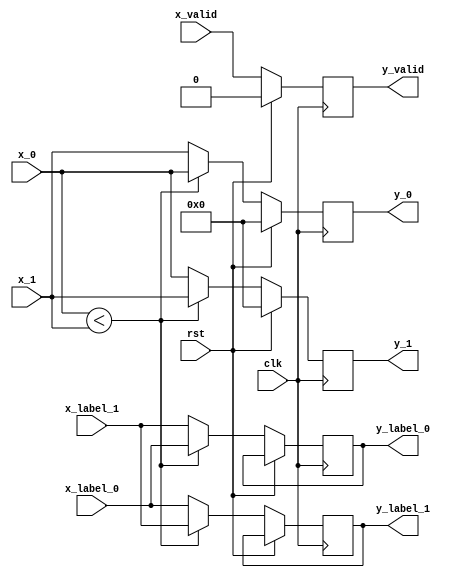
//////////////////////////////////////////
//
// Module Name: input_2.v
// Created date: 08/10/2020
// Description: 2 input comparing/sorting
// Company: Shanghai Jiao Tong University
// 
///////////////////////////////////////////

`timescale 1ns / 1ps
module input_2 #
(
    parameter DATA_WIDTH = 8,
    parameter LABEL_WIDTH = 1,
    parameter SIGNED = 0,
    parameter ASCENDING = 1
)
(
    input clk, rst, x_valid,
    input [DATA_WIDTH-1 : 0] x_0, x_1,
    input [LABEL_WIDTH-1 : 0] x_label_0, x_label_1,
    output reg [DATA_WIDTH-1 : 0] y_0, y_1,
    output reg [LABEL_WIDTH-1 : 0] y_label_0, y_label_1,
    output reg y_valid
);

always @ (posedge clk)
begin
    if (rst == 1'b1) begin
        y_0 <= 0;
        y_1 <= 0;
        y_valid <= 0;
    end else begin
        y_valid <= x_valid;
        if (SIGNED == 0) begin
            if (ASCENDING == 1) begin
                if ($unsigned(x_0) < $unsigned(x_1)) begin
                    y_0 <= x_0;
                    y_label_0 <= x_label_0;
                    y_1 <= x_1;
                    y_label_1 <= x_label_1;
                end else begin
                    y_0 <= x_1;
                    y_label_0 <= x_label_1;
                    y_1 <= x_0;
                    y_label_1 <= x_label_0;
                end
            end else if (ASCENDING == 0) begin
                if ($unsigned(x_0) > $unsigned(x_1)) begin
                    y_0 <= x_0;
                    y_label_0 <= x_label_0;
                    y_1 <= x_1;
                    y_label_1 <= x_label_1;
                end else begin
                    y_0 <= x_1;
                    y_label_0 <= x_label_1;
                    y_1 <= x_0;
                    y_label_1 <= x_label_0;
                end
            end
        end else if (SIGNED == 1) begin
            if (ASCENDING == 1) begin
                if ($signed(x_0) < $signed(x_1)) begin
                    y_0 <= x_0;
                    y_label_0 <= x_label_0;
                    y_1 <= x_1;
                    y_label_1 <= x_label_1;
                end else begin
                    y_0 <= x_1;
                    y_label_0 <= x_label_1;
                    y_1 <= x_0;
                    y_label_1 <= x_label_0;
                end
            end else if (ASCENDING == 0) begin
                if ($signed(x_0) > $signed(x_1)) begin
                    y_0 <= x_0;
                    y_label_0 <= x_label_0;
                    y_1 <= x_1;
                    y_label_1 <= x_label_1;
                end else begin
                    y_0 <= x_1;
                    y_label_0 <= x_label_1;
                    y_1 <= x_0;
                    y_label_1 <= x_label_0;
                end
            end
        end
    end
end

endmodule